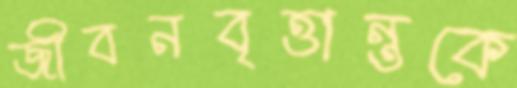
জীবনবৃত্তান্তকে